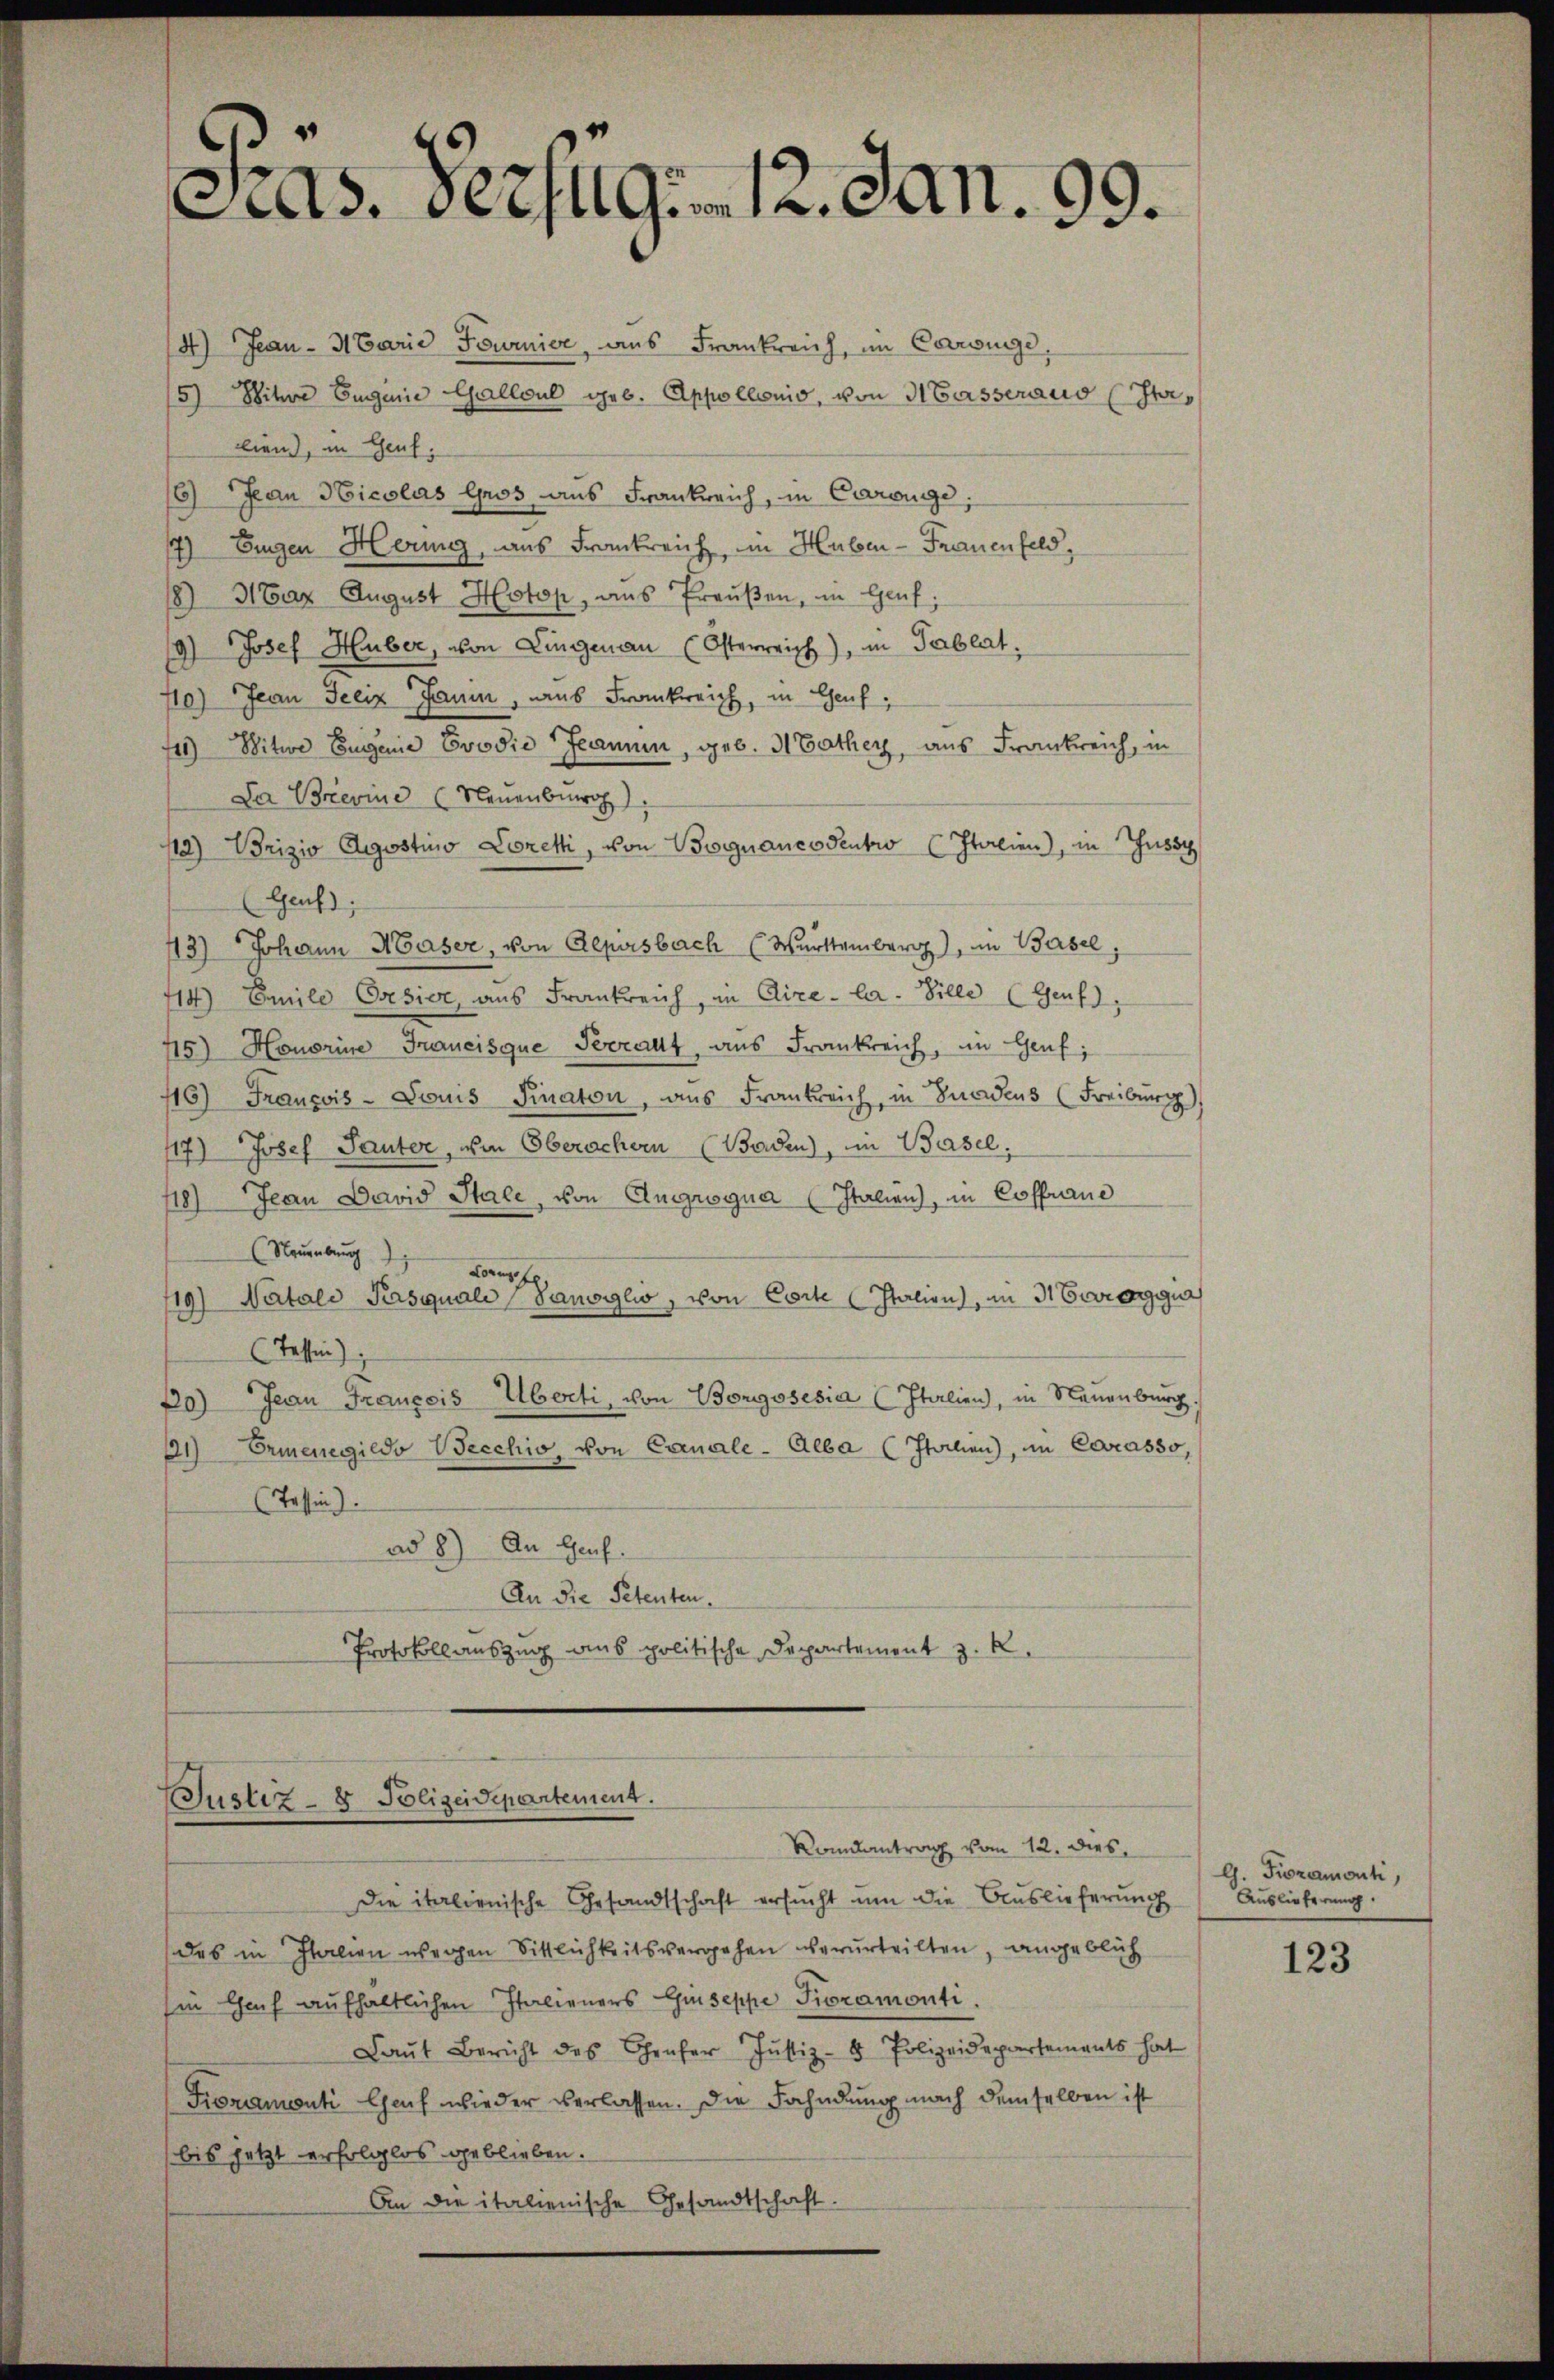
Cas. Bezug. 12. Jan. 99.

4) Jean - Marie Fournier, aus Frankreich, im Carwinge,
5) Witwe Eugene Galloul geb. Appollonis, von Masseraus (Itallien, in Genf,
6) Jean Nicolas Gros aus Frankreich, in Carouge;
7) Eigen Hering, aus Frankreich, in Huben - Frauenfeld,
8) 3 gar August Hoton, ans Preŭβen, in Genf;
19) Josef Huber, von Lingenau (Osterreich), in Tablat,
10.) Jean Jeciz Jaum, aus Frankreich, in Genf,
4) Witwe Eugene Evodić Jeann, geb. Mathey, aus Frankreich, in
Da Brevine Neuenburg
12) Vorizio Agostius Loreti, von Begnaues Sentio Italien), in Zus
Genf,
113) Johann Maser, von Alpirsbach Württemberg), im Basel,
414) Emile Oresier, aus Frankreich, in Cire-la. Bille (Genf),
45) Honorine Francisque Terratt, aus Frankreich, in Genf,
116) Francois-Louis Finaton, aus Frankreich, in Gnadens (Freiburg),
17) Josef Pauter, von Oberachen (Baden), im Basel.
118) Jean David Stale, von Angrogna (Italien), in Coffurne
(Neuenburg
Lorus fe
119) Natale Pasquali Sanoglio, von Corte (Italien), in Arrangua
(Tessin,
70) Jean Francois Überti, von Borggosesia (Italien, in Neuenburg.
11) Ermenegildo Becchio, von Canale - Alba (Italien), in Corasso,
Tessin).
ad 8) An Genf.
An die Petenten.
Protokollauszug aus politische Departement z. R.

Justiz- & Polizeidepartement.
Rondantrag vom 12. dies

Die italienische Gesandtschaft ersucht um die Auslieferung
das in Italien wegen Sittlichkeitsvergehen verurteilten, angeblich
sin Chef aufhaltlichen Italieners Giuseppe Pioramonti
Laŭt Bericht des Genfer Justiz- & Polizeidepartements hat
Fioramenti Genf wieder verlassen. Die Fahndung nach demselben ist
bis jetzt erfolglos geblieben.
An die italienische Gesandtschaft.

G. Fioramonti,
Auslieferung.

123